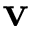
\mathbf { v }